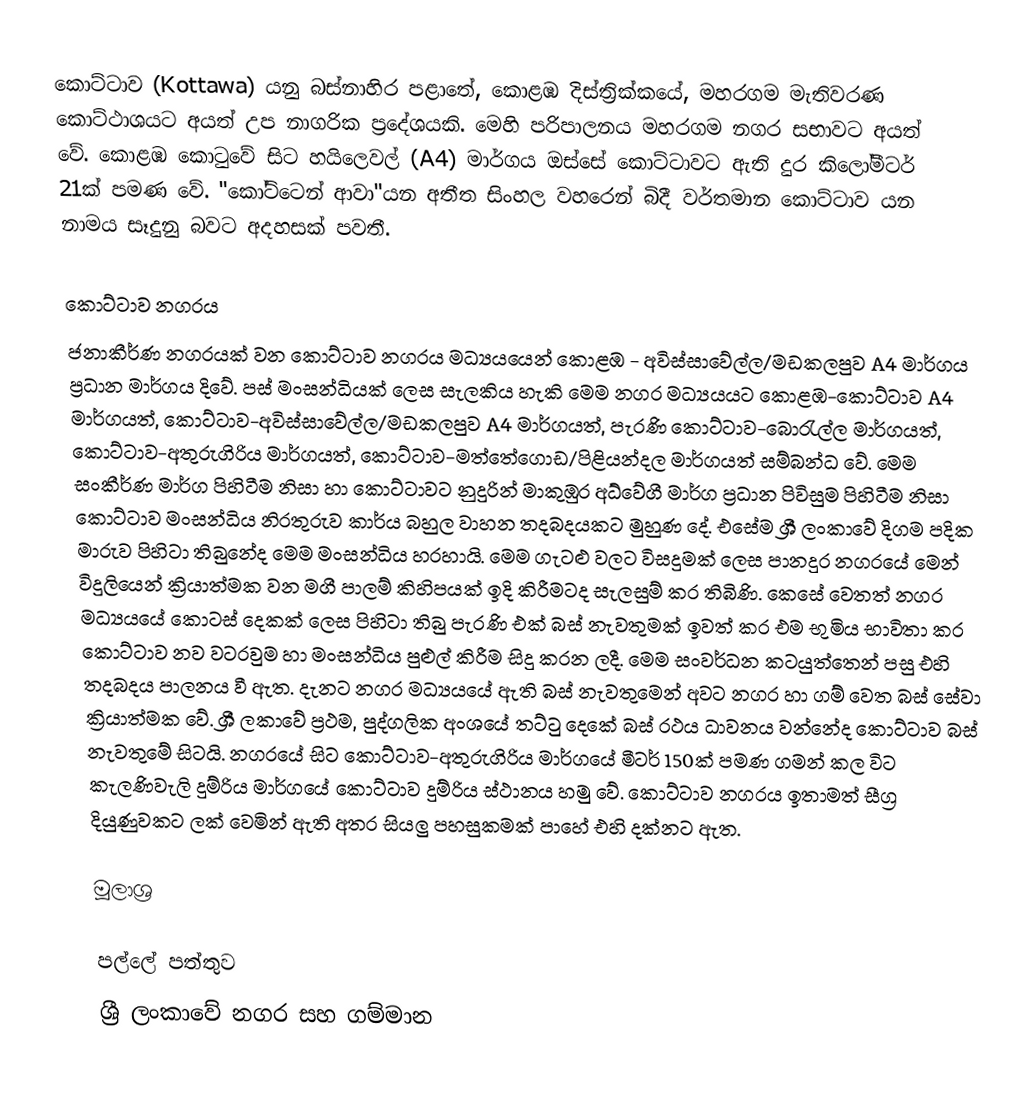
කොට්ටාව (Kottawa) යනු බස්නාහිර පළාතේ, කොළඹ දිස්ත්‍රික්කයේ, මහරගම මැතිවරණ කොට්ථාශයට අයත් උප නාගරික ප්‍රදේශයකි. මෙහි පරිපාලනය මහරගම නගර සභාවට අයත් වේ. කොළඹ කොටුවේ සිට හයිලෙවල් (A4) මාර්ගය ඔස්සේ කොට්ටාවට ඇති දුර කිලෝමීටර් 21ක් පමණ වේ. "කෝට්ටෙන් ආවා"යන අතීත සිංහල වහරෙන් බිදී වර්තමාන කොට්ටාව යන නාමය සෑදුනු බවට අදහසක් පවතී.

කොට්ටාව නගරය
ජනාකීර්ණ නගරයක් වන කොට්ටාව නගරය මධ්‍යයයෙන් කොළඹ - අවිස්සාවේල්ල/මඩකලපුව A4 මාර්ගය ප්‍රධාන මාර්ගය දිවේ. පස් මංසන්ධියක් ලෙස සැලකිය හැකි මෙම නගර මධ්‍යයයට කොළඹ-කොට්ටාව A4 මාර්ගයත්, කොට්ටාව-අවිස්සාවේල්ල/මඩකලපුව A4 මාර්ගයත්, පැරණි කොට්ටාව-බොරැල්ල මාර්ගයත්, කොට්ටාව-අතුරුගිරිය මාර්ගයත්, කොට්ටාව-මත්තේගොඩ/පිළියන්දල මාර්ගයත් සම්බන්ධ වේ. මෙම සංකීර්ණ මාර්ග පිහිටීම නිසා හා කොට්ටාවට නුදුරින් මාකුඹුර අධ්වේගී මාර්ග ප්‍රධාන පිවිසුම පිහිටීම නිසා කොට්ටාව මංසන්ධිය නිරතුරුව කාර්ය බහුල වාහන තදබදයකට මුහුණ දේ. එසේම ශ්‍රී ලංකාවේ  දිගම පදික මාරුව පිහිටා තිබුනේද මෙම මංසන්ධිය හරහායි. මෙම ගැටළු වලට විසදුමක් ලෙස පානදුර නගරයේ මෙන් විදුලියෙන් ක්‍රියාත්මක වන මගී පාලම් කිහිපයක් ඉදි කිරීමටද සැලසුම් කර තිබිණි. කෙසේ වෙතත් නගර මධ්‍යයයේ කොටස් දෙකක් ලෙස පිහිටා තිබු පැරණි එක් බස් නැවතුමක් ඉවත් කර එම භුමිය භාවිතා කර කොට්ටාව නව වටරවුම හා මංසන්ධිය පුළුල් කිරීම සිදු කරන ලදී. මෙම සංවර්ධන කටයුත්තෙන් පසු එහි තදබදය පාලනය වී ඇත. දැනට නගර මධ්‍යයයේ ඇති බස් නැවතුමෙන් අවට නගර හා ගම් වෙත බස් සේවා ක්‍රියාත්මක වේ. ශ්‍රී ලකාවේ ප්‍රථම, පුද්ගලික අංශයේ තට්ටු දෙකේ බස් රථය ධාවනය වන්නේද කොට්ටාව බස් නැවතුමේ සිටයි. නගරයේ සිට කොට්ටාව-අතුරුගිරිය මාර්ගයේ මීටර් 150ක් පමණ ගමන් කල විට කැලණිවැලි දුම්රිය මාර්ගයේ කොට්ටාව දුම්රිය ස්ථානය හමු වේ. කොට්ටාව නගරය ඉතාමත් සීග්‍ර දියුණුවකට ලක් වෙමින් ඇති අතර සියලු පහසුකමක් පාහේ එහි දක්නට ඇත.

මූලාශ්‍ර

පල්ලේ පත්තුව
ශ්‍රී ලංකාවේ නගර සහ ගම්මාන